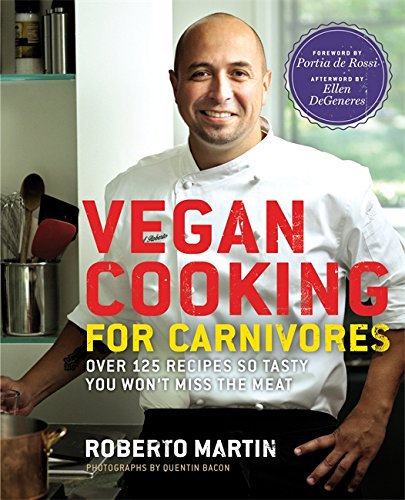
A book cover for Vegan Cooking for Carnivores: Over 125 Recipes So Tasty You Won't Miss the Meat; Cookbooks, Food & Wine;